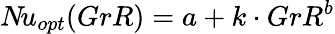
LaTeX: N\! u_{opt}(GrR)=a+k\cdot GrR^{b}